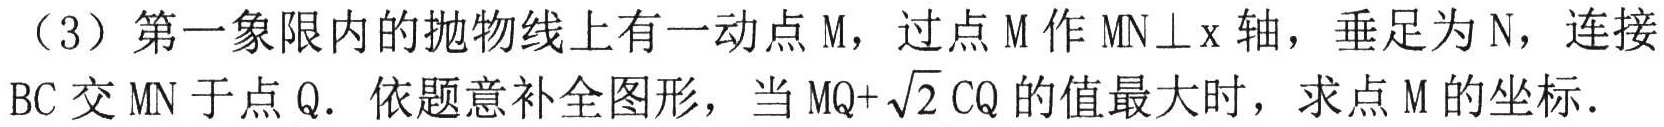
（3）第一象限内的抛物线上有一动点 M，过点 M 作 $MN\perp x$ 轴，垂足为 N，连接 BC 交 MN 于点 Q. 依题意补全图形，当 $MQ + \sqrt{2}CQ$ 的值最大时，求点 M 的坐标.